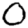
Digit: 0